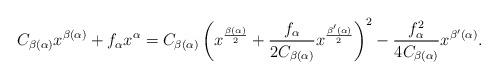
LaTeX: \begin{align*} C_{\beta(\alpha)} x^{\beta(\alpha)} + f_\alpha x^\alpha = C_{\beta(\alpha)}\left(x^{\frac{\beta(\alpha)}{2}} + \frac{f_\alpha}{2C_{\beta(\alpha)}}x^{\frac{\beta'(\alpha)}{2}}\right)^2 - \frac{f_\alpha^2}{4C_{\beta(\alpha)}}x^{\beta'(\alpha)}. \end{align*}